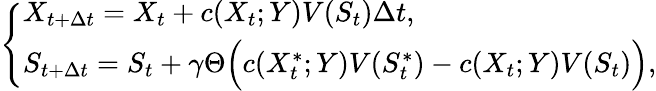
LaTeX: \left\{ \begin{array}{ll}{X_{t+\Delta{t}}=X_{t}+c(X_{t};Y)V(S_{t})\Delta{t},\qquad}\\ {S_{t+\Delta{t}}=S_{t}+\gamma\Theta\Bigl(c(X_{t}^{\ast};Y)V(S_{t}^{\ast})-c(X_{t};Y)V(S_{t})\Bigr),}\end{array}\right.